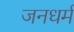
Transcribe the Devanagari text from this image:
जनधर्म